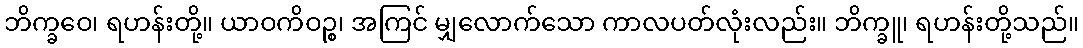
ဘိက္ခဝေ၊ ရဟန်းတို့။ ယာဝကိဝဉ္စ၊ အကြင် မျှလောက်သော ကာလပတ်လုံးလည်း။ ဘိက္ခူ၊ ရဟန်းတို့သည်။